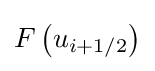
F\left(u_{i+{1}/{2}}\right)